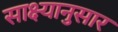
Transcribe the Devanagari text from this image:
साक्ष्यानुसार